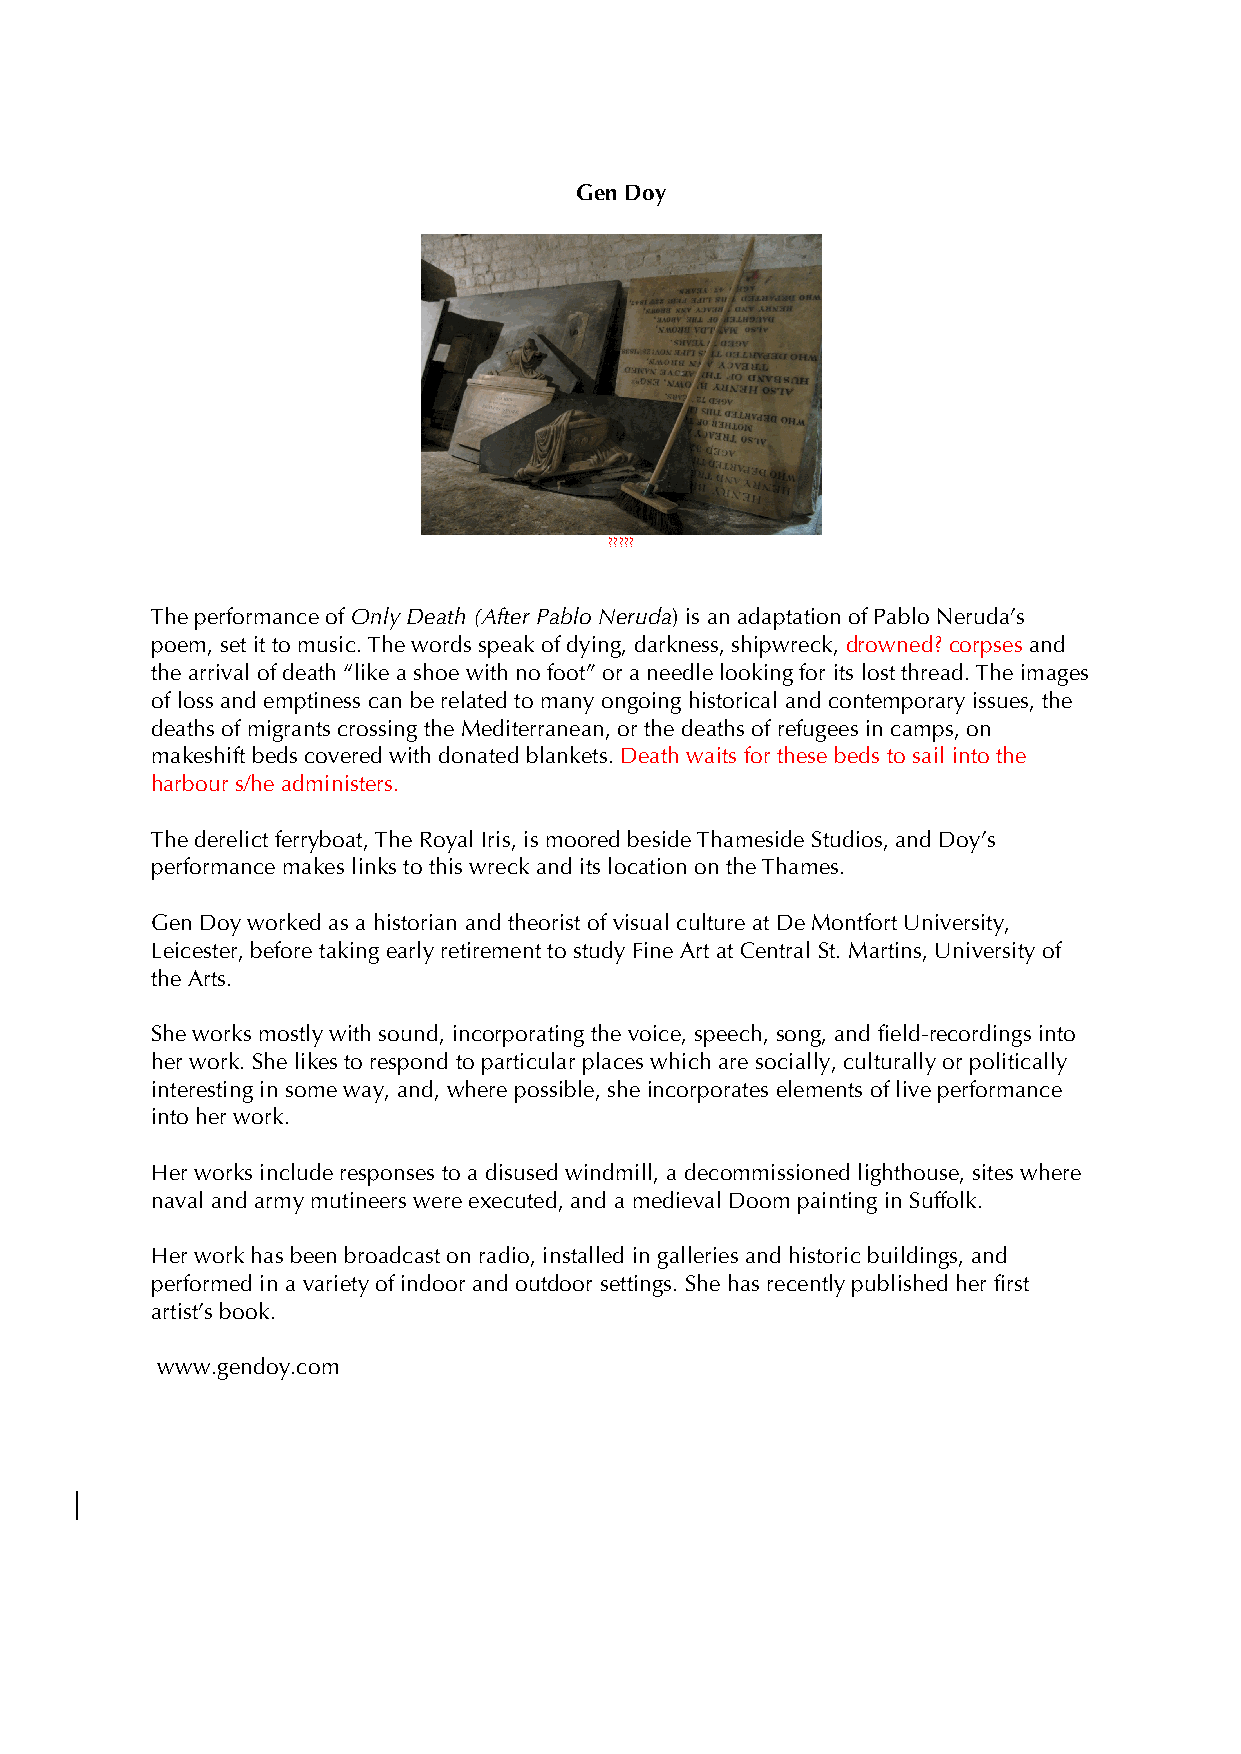
Gen Doy
 ?????
 The performance of Only Death (After Pablo Neruda) is an adaptation of Pablo Neruda’s
 poem, set it to music. The words speak of dying, darkness, shipwreck, drowned? corpses and
 the arrival of death “like a shoe with no foot” or a needle looking for its lost thread. The images
 of loss and emptiness can be related to many ongoing historical and contemporary issues, the
 deaths of migrants crossing the Mediterranean, or the deaths of refugees in camps, on
 makeshift beds covered with donated blankets. Death waits for these beds to sail into the
 harbour s/he administers.
 The derelict ferryboat, The Royal Iris, is moored beside Thameside Studios, and Doy’s
 performance makes links to this wreck and its location on the Thames.
 Gen Doy worked as a historian and theorist of visual culture at De Montfort University,
 Leicester, before taking early retirement to study Fine Art at Central St. Martins, University of
 the Arts.
 She works mostly with sound, incorporating the voice, speech, song, and field-recordings into
 her work. She likes to respond to particular places which are socially, culturally or politically
 interesting in some way, and, where possible, she incorporates elements of live performance
 into her work.
 Her works include responses to a disused windmill, a decommissioned lighthouse, sites where
 naval and army mutineers were executed, and a medieval Doom painting in Suffolk.
 Her work has been broadcast on radio, installed in galleries and historic buildings, and
 performed in a variety of indoor and outdoor settings. She has recently published her first
 artist’s book.
 www.gendoy.com